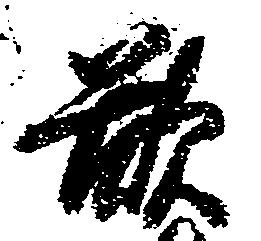
欲